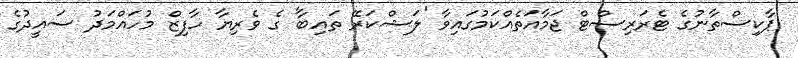
ޕާކިސްތާނުގެ ޓެރަރިސްޓް ޖަމާއަތެއްކަމުގައިވާ 'ލަޝްކަރޭ ތައިބާ' ގެ ވެރިޔާ ހާފިޒް މުހައްމަދު ސައީދުގެ